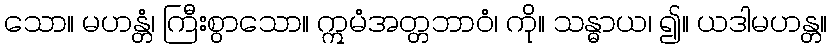
သော။ မဟန္တံ၊ ကြီးစွာသော။ ဣမံအတ္တဘာဝံ၊ ကို။ သန္ဓာယ၊ ၍။ ယဒါမဟန္တ။